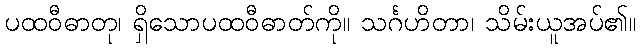
ပထဝီဓာတု၊ ရှိသောပထဝီဓာတ်ကို။ သင်္ဂဟိတာ၊ သိမ်းယူအပ်၏။